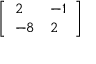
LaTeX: \left[ { \begin{array} { l l } { 2 } & { - 1 } \\ { - 8 } & { 2 } \end{array} } \right]